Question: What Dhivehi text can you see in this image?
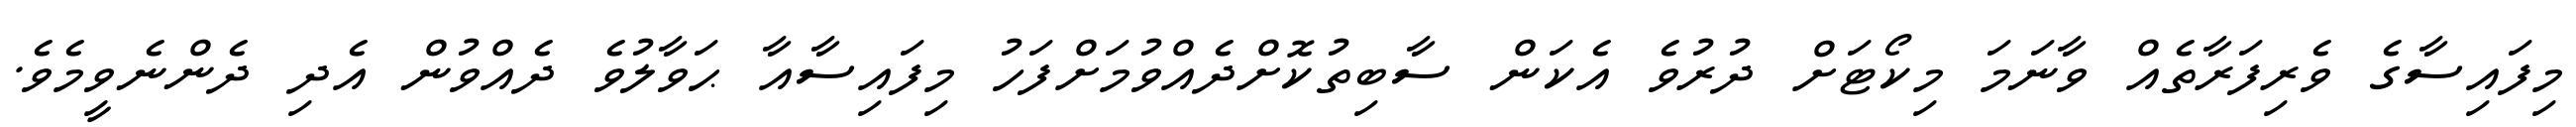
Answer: މިފައިސާގެ ވެރިފަރާތެއް ވާނަމަ މިކޯޓަށް ދުރުވެ އެކަން ސާބިތުކޮށްދެއްވުމަށްފަހު މިފައިސާއާ ޙަވާލުވެ ދެއްވުން އެދި ދެންނެވީމެވެ.